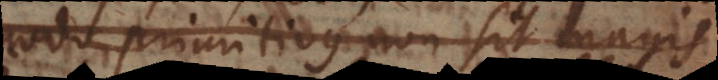
modo primitivus non sit magis